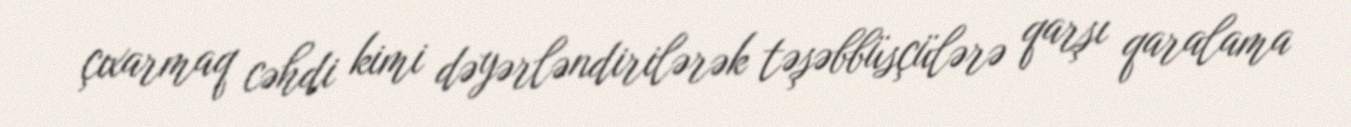
çıxarmaq cəhdi kimi dəyərləndirilərək təşəbbüsçülərə qarşı qaralama